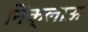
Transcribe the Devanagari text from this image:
निक्लाऊ